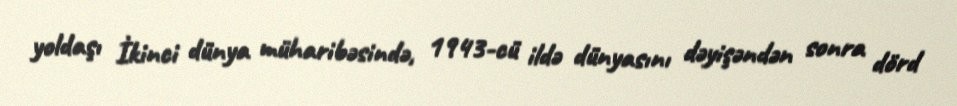
yoldaşı İkinci dünya müharibəsində, 1943-cü ildə dünyasını dəyişəndən sonra dörd